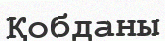
Қобданы